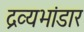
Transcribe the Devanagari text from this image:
द्रव्यभांडार